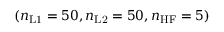
( n _ { \mathrm { L 1 } } = 5 0 , n _ { \mathrm { L 2 } } = 5 0 , n _ { \mathrm { H F } } = 5 )